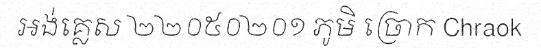
អង់គ្លេស ២២០៥០២០១ ភូមិ ច្រោក Chraok